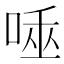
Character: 𠴯